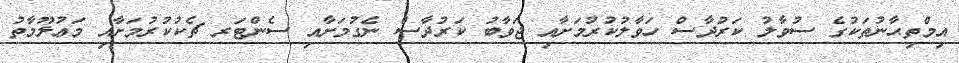
އިމްތިޙާނުތަކުގެ ސުވާލު ކަރުދާސް ހަވާލުކުރުމަށާއި ޖަވާބު ކަރުދާސް ނެގުމަށާއި ސެންޓަރ ޗެކުކުރުމަށާއި މަޢުލޫމާތު